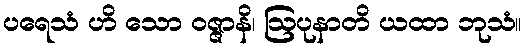
ပရေသံ ဟိ သော ဝဇ္ဇာနိ၊ ဩပုနာတိ ယထာ ဘုသံ။